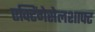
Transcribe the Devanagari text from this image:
एक्टिंगेसेलशाफ्ट